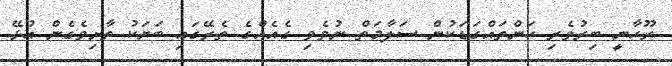
ރޫހާނީ ބިރުވެރި ކަންތައްގަޑަކުން ސަލާމަތް ނުވެވި ގެއެއްގެ ތެރޭގައި ބަޔަކު ތާށިވެގެން އުޅޭ